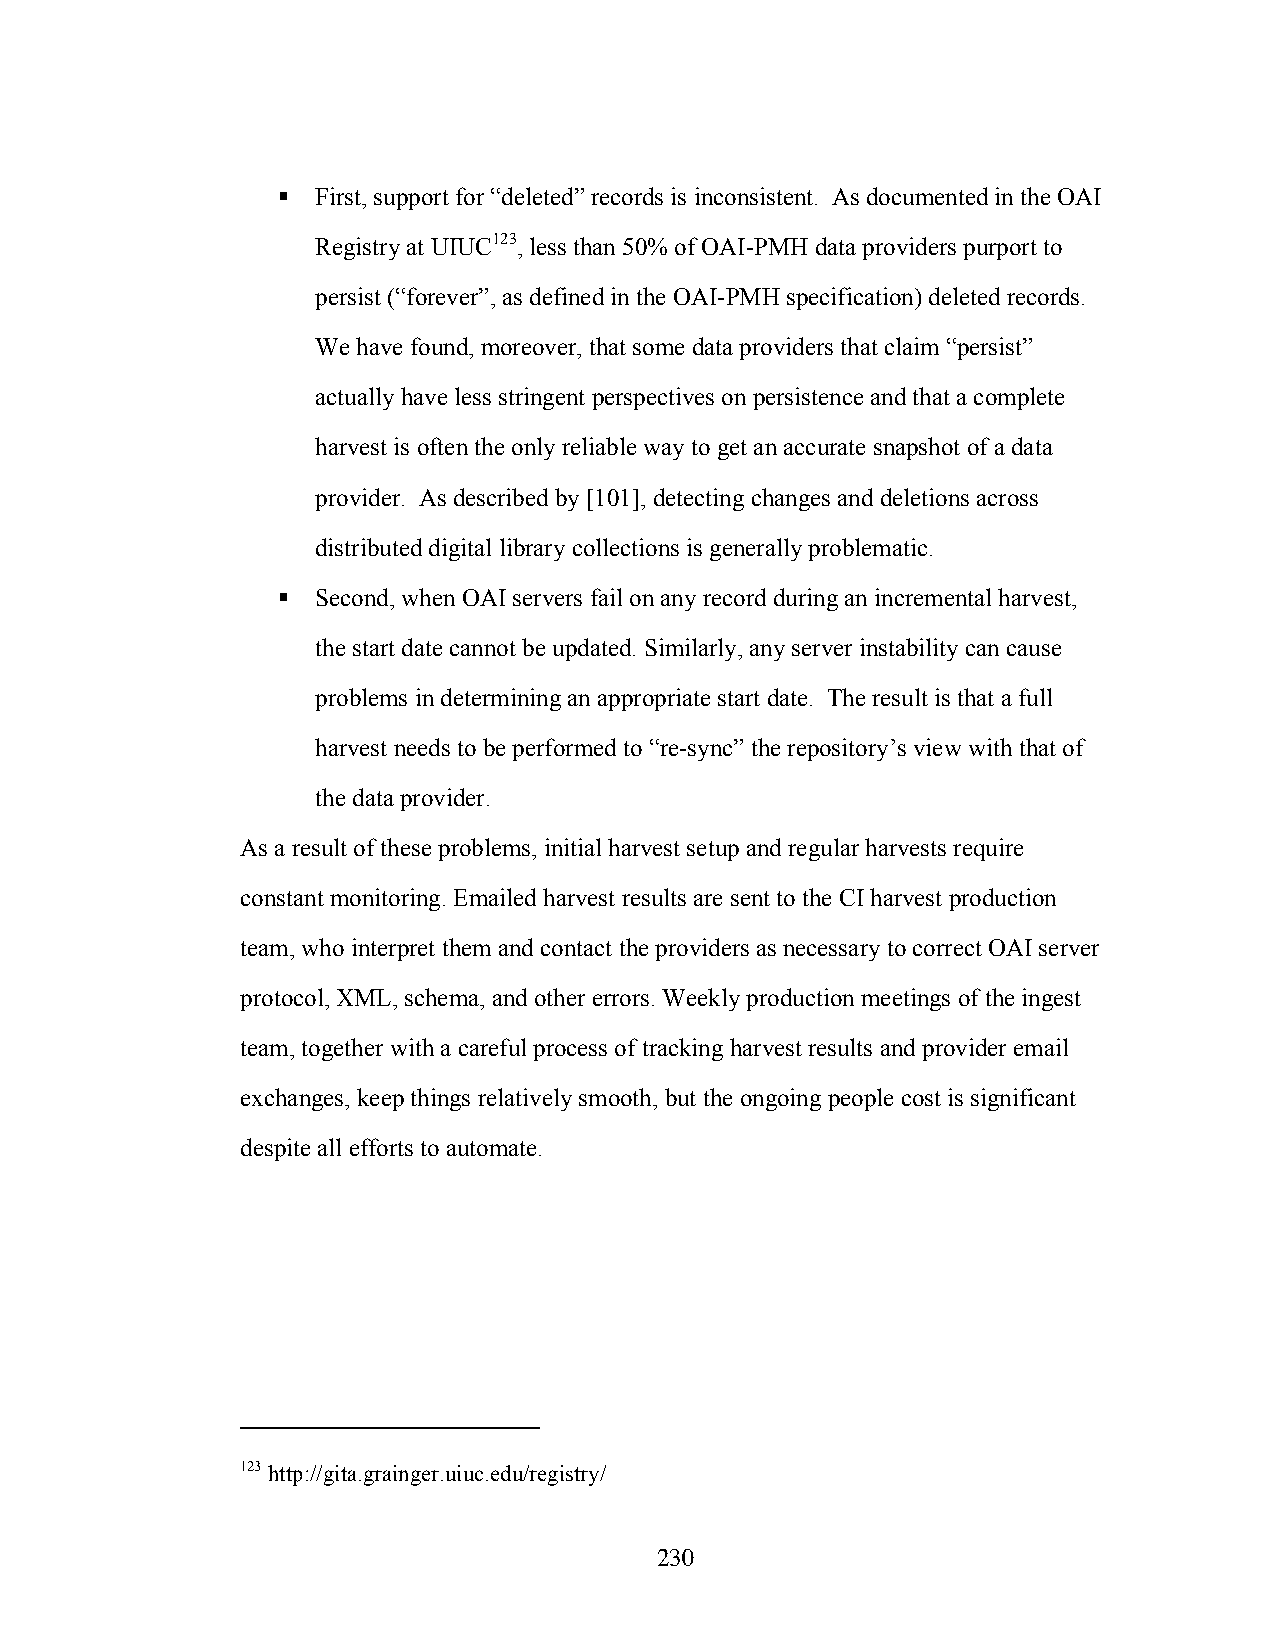
  First, support for “deleted” records is inconsistent. As documented in the OAI
 Registry at UIUC123, less than 50% of OAI-PMH data providers purport to
 persist (“forever”, as defined in the OAI-PMH specification) deleted records.
 We have found, moreover, that some data providers that claim “persist”
 actually have less stringent perspectives on persistence and that a complete
 harvest is often the only reliable way to get an accurate snapshot of a data
 provider. As described by [101], detecting changes and deletions across
 distributed digital library collections is generally problematic.
   Second, when OAI servers fail on any record during an incremental harvest,
 the start date cannot be updated. Similarly, any server instability can cause
 problems in determining an appropriate start date. The result is that a full
 harvest needs to be performed to “re-sync” the repository’s view with that of
 the data provider.
 As a result of these problems, initial harvest setup and regular harvests require
 constant monitoring. Emailed harvest results are sent to the CI harvest production
 team, who interpret them and contact the providers as necessary to correct OAI server
 protocol, XML, schema, and other errors. Weekly production meetings of the ingest
 team, together with a careful process of tracking harvest results and provider email
 exchanges, keep things relatively smooth, but the ongoing people cost is significant
 despite all efforts to automate.
 123 http://gita.grainger.uiuc.edu/registry/
 230